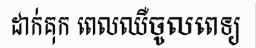
ដាក់គុក ពេលឈឺចូលពេទ្យ